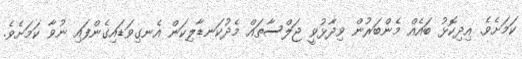
ކަމަށެވެ. އިދިކޮޅު ބައެއް މެންބަރުން ވިދާޅުވީ ޖަލްސާތައް މެދުކަނޑާލިކަން އެނގިވަޑައިގެންފައި ނުވާ ކަމަށެވެ.